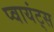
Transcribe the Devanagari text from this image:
प्वायंट्स